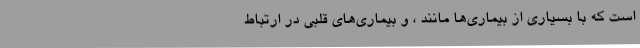
است که با بسیاری از بیماری‌ها مانند ، و بیماری‌های قلبی در ارتباط